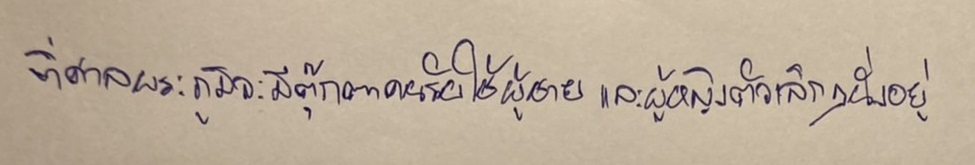
ที่ศาลพระภูมิจะมีตุ๊กตาคนรับใช้ผู้ชายและผู้หญิงตัวเล็กๆนั่งอยู่